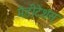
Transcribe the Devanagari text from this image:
मेडीटेशंस